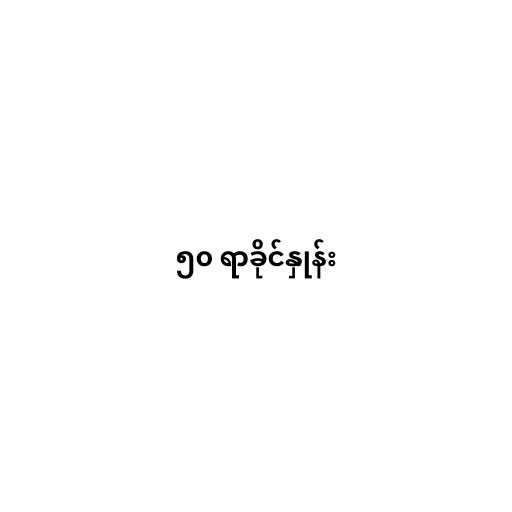
၅၀ ရာခိုင်နှုန်း